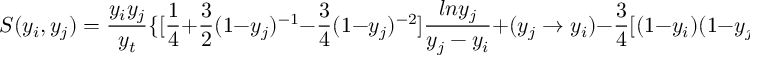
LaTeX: S ( y _ { i } , y _ { j } ) = { \frac { y _ { i } y _ { j } } { y _ { t } } } \{ [ { \frac { 1 } { 4 } } + { \frac { 3 } { 2 } } ( 1 - y _ { j } ) ^ { - 1 } - { \frac { 3 } { 4 } } ( 1 - y _ { j } ) ^ { - 2 } ] { \frac { l n y _ { j } } { y _ { j } - y _ { i } } } + ( y _ { j } \to y _ { i } ) - { \frac { 3 } { 4 } } [ ( 1 - y _ { i } ) ( 1 - y _ { j } ) ] ^ { - 1 } \} ,